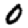
Digit: 0